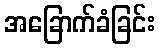
အခြောက်ခံခြင်း